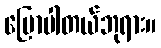
ပြောပါတယ်ဘုရား။